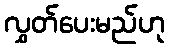
လွှတ်ပေးမည်ဟု